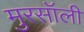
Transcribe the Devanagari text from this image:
मुरसॉली